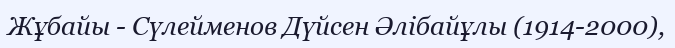
Жұбайы - Сүлейменов Дүйсен Әлібайұлы (1914-2000),